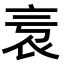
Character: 𧘎